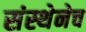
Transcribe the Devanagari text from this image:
संस्थेनेच